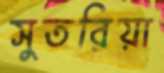
সুতরিয়া